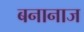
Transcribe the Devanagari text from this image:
बनानाज